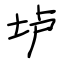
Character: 垆